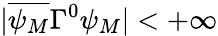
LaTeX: |\overline{{{\psi_{M}}}}\Gamma^{0}\psi_{M}|<+\infty